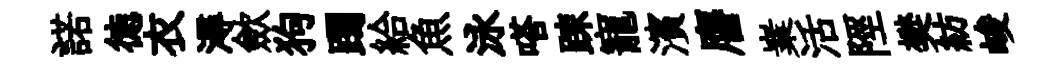
諾徳衣潯歛狗躅給魚泳嗒踈寵濱譍嶪活陘樊紡峻